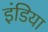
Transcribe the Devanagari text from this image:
इंडिया